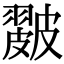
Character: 𥀘